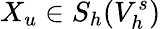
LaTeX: X_{u}\in{S}_{h}(V_{h}^{s})